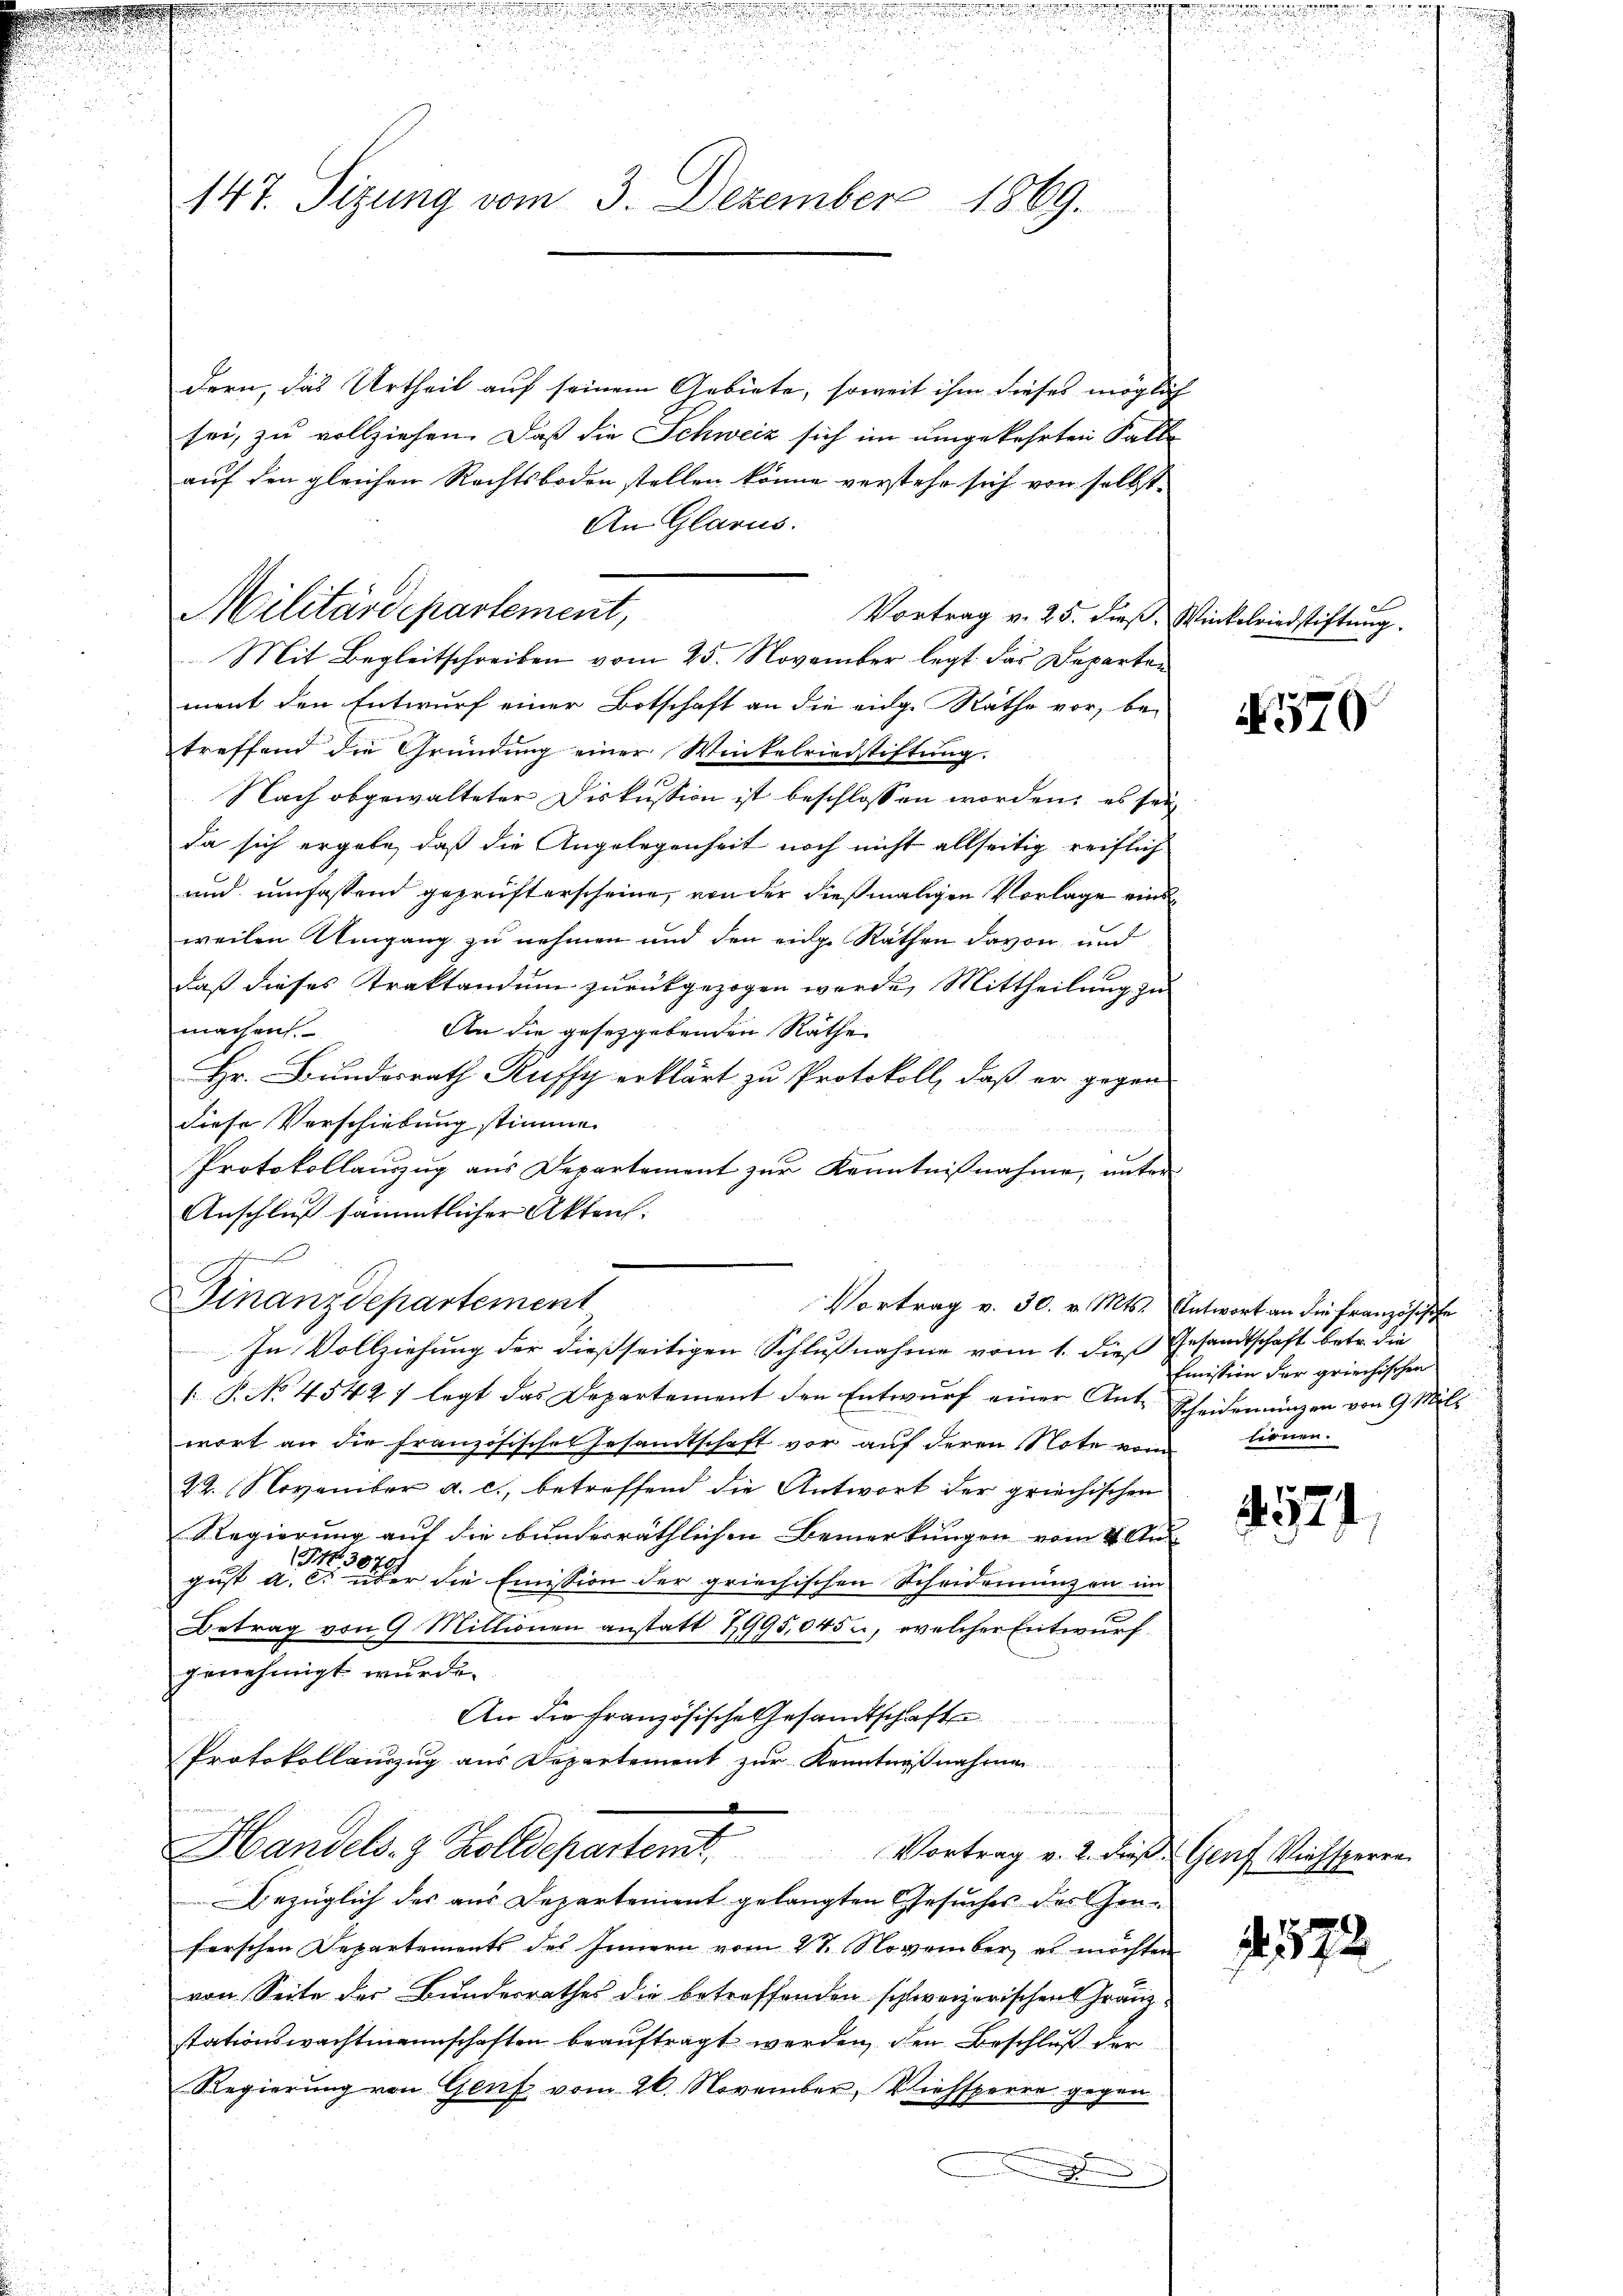
147. Sitzung vom 3. Dezember 1869.

dern, das Urtheil auf seinem Gebiete, soweit ihm dieses möglich
sei, zu vollziehen. Daß die Schweiz sich im umgekehrten Falle
auf den gleichen Rechtsboden stellen könne verstehe sich von selbst¬
An Glarus.
Vortrag v. 25. dieß. Winkelriedstiftung.
ment den Entwurf einer Botschaft an die eidg. Räthe vor, betreffend die Gründung einer Winkelriedstiftung.
Nach obgewalteter Diskussion ist beschlossen worden, es sei
da sich ergebe, daß die Angelegenheit noch nicht allseitig reiflich
und umfassend geprüfterscheine, von der dießmaligen Vorlage einsweilen Umgang zu nehmen und den eine Räthen davon und
daß dieses Traktandum zurückgezogen werde, Mittheilung zu
machen.
An die gesetzgebenden Räthe
Hr. Bundesrath Ruffy erklärt zu Protokoll, daß er gegen
diese Verschiebung stimme.
Protokollauszug aus Departement zur Kenntnißnahme, unter
Anschluß sämmtlicher Akten.
e
Finanzdepartement
Vortrag v. 30. v. Mts. Antwort an die Französische
In Vollziehung der dießseitigen Schlußnahme vom 1. dieß Gesandtschaft betr. die
 P. No. 45427 legt das Departement den Entwurf einer Ant. Scheidemünzen von 9 Mili
wort an die französisches Gesandtschaft vor auf deren Note vom
22. November a. c., betreffend die Antwort der griechischen
Regierung auf die bunderräthlichen Bemerkungen vom 4. Au
  die Emission der griechischen Scheidernung an im
gust a.
Betrag von 9 Millionen anstatt 1995,045 u, welcher Entwurf
genehmigt wurde.
An die französische Gesandtschaften
Protokollauszug aus Departement zur Kenntnißnahmen
J
Handels- & Zolldepartemt. Vortrag v. 2. dieß Genf Viehsperrn
Bezüglich des aus Departement gelangten Gesuches des Genferschen Departements des Innern vom 21. November es möchten
von Seite der Bundesrathes die betreffenden schweizerischen Franzstationswachtmannschaften beauftragt werden, den Beschluß der
Regierung von Genf vom 26. November, Viehsperre gegen

Militärdepartement,

Mit Begleitschreiben vom 25. November legt das Departen

et

570

Emission der griechischen
tionen.

521

572